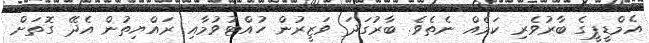
އެމްޑީޕީގެ ބާރުވެރި ކަމެއް ނެތެވެ. ބާރުގަދަ ވަޒީރުން ހުއްޓުވުމާއި ރައްޔިތުން އެދޭ ގޮތަށް